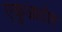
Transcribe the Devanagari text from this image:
एकुआदोर